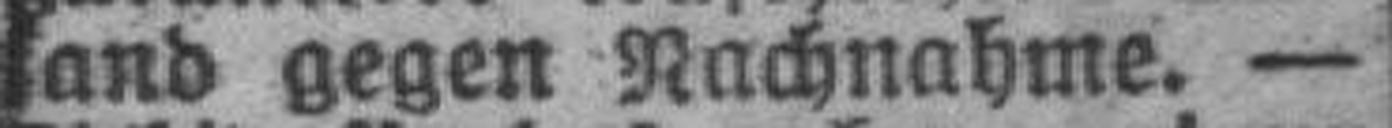
sand gegen Nachnahme. —